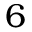
6